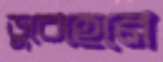
ডুবেহেনে